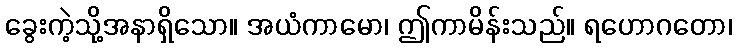
ခွေးကဲ့သို့အနာရှိသော။ အယံကာမော၊ ဤကာမိန်းသည်။ ရဟောဂတော၊